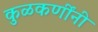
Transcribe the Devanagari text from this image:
कुळकर्णींनी